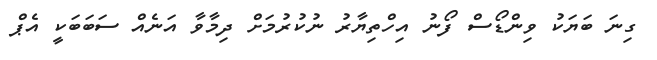
ގިނަ ބަޔަކު ވިންޑޯސް ފޯނު އިހްތިޔާރު ނުކުރުމަށް ދިމާވާ އަނެއް ސަބަބަކީ އެޕް